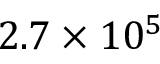
2 . 7 \times 1 0 ^ { 5 }